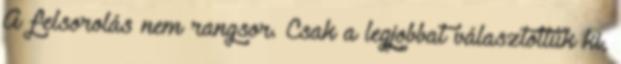
A felsorolás nem rangsor. Csak a legjobbat választottuk ki,